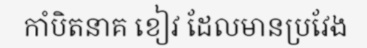
កាំបិតនាគ ខៀវ ដែលមានប្រវែង